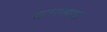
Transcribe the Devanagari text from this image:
कराण्यात